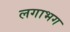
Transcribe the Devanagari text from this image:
लगाभग